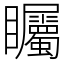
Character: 矚